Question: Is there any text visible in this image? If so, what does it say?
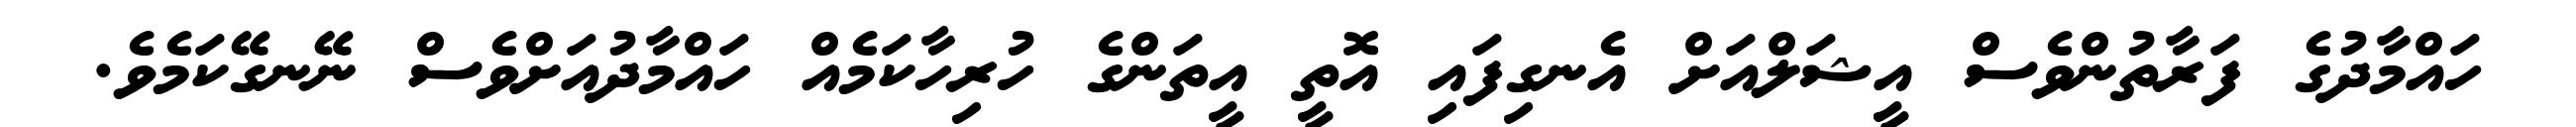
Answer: ހައްމާދުގެ ފަރާތުންވެސް އީޝަލްއަށް އެނގިފައި އޮތީ އީތަންގެ ހުރިހާކަމެއް ހައްމާދުއަށްވެސް ނޭނގޭކަމެވެ.